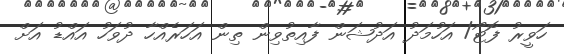
ހަވީރު ފޮޓޯ/ އަހުމަދު އަދުޝަން ފާއިތުވިން ތިން އަހަރެއްހާ ދުވަހު އައްޑު އަށް